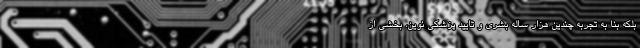
بلکه بنا به تجربه چندین هزار ساله بشری و تایید پزشکی نوین، بخشی از